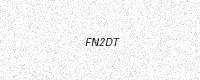
Text: FN2DT